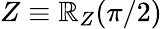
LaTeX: Z\equiv\mathbb{R}_{Z}(\pi/2)